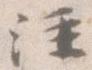
注